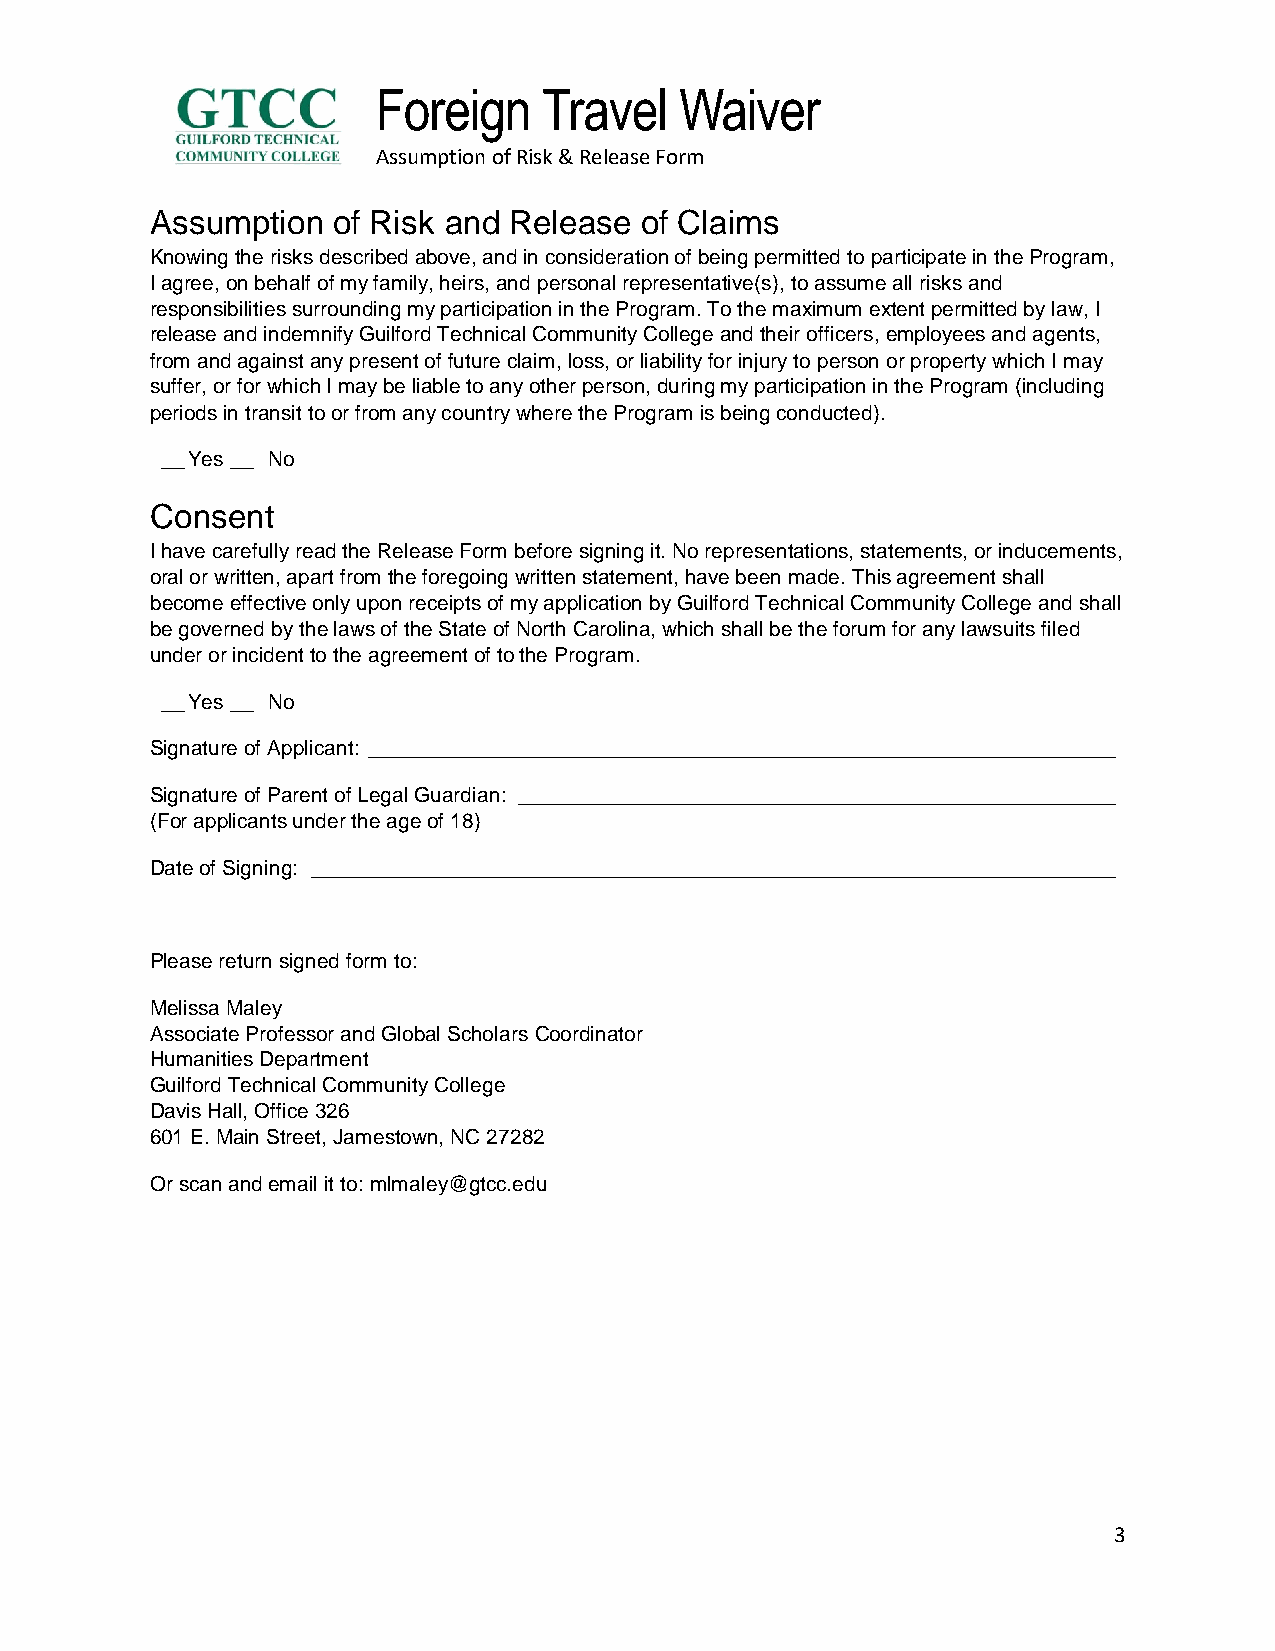
Foreign    Travel   Waiver
 Assumption of Risk & Release Form
 Assumption  of Risk and Release of Claims
 Knowing the risks described above, and in consideration of being permitted to participate in the Program,
 I agree, on behalf of my family, heirs, and personal representative(s), to assume all risks and
 responsibilities surrounding my participation in the Program. To the maximum extent permitted by law, I
 release and indemnify Guilford Technical Community College and their officers, employees and agents,
 from and against any present of future claim, loss, or liability for injury to person or property which I may
 suffer, or for which I may be liable to any other person, during my participation in the Program (including
 periods in transit to or from any country where the Program is being conducted).
 __ Yes __ No
 Consent
 I have carefully read the Release Form before signing it. No representations, statements, or inducements,
 oral or written, apart from the foregoing written statement, have been made. This agreement shall
 become effective only upon receipts of my application by Guilford Technical Community College and shall
 be governed by the laws of the State of North Carolina, which shall be the forum for any lawsuits filed
 under or incident to the agreement of to the Program.
 __ Yes __ No
 Signature of Applicant: _________________________________________________________________
 Signature of Parent of Legal Guardian: ____________________________________________________
 (For applicants under the age of 18)
 Date of Signing: ______________________________________________________________________
 Please return signed form to:
 Melissa Maley
 Associate Professor and Global Scholars Coordinator
 Humanities Department
 Guilford Technical Community College
 Davis Hall, Office 326
 601 E. Main Street, Jamestown, NC 27282
 Or scan and email it to: mlmaley@gtcc.edu
 3